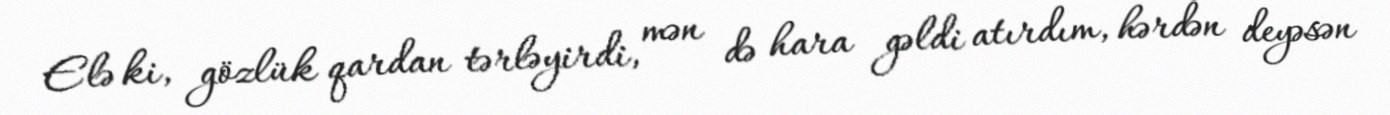
Elə ki, gözlük qardan tərləyirdi, mən də hara gəldi atırdım, hərdən deyəsən